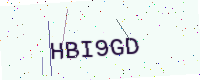
Text: HBI9GD